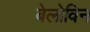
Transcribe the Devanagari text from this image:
बेलोविन